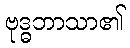
ဗုဒ္ဓဘာသာ၏